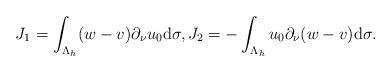
\begin{align*} \begin{aligned} J_{1}&=\int_{\Lambda_{h}}(w-v)\partial_{\nu}u_{0}\mathrm d\sigma, J_{2}=-\int_{\Lambda_{h}} u_{0}\partial_{\nu}(w-v)\mathrm d\sigma. \end{aligned} \end{align*}